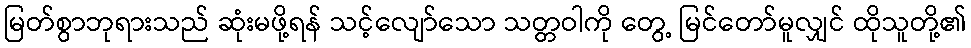
မြတ်စွာဘုရားသည် ဆုံးမဖို့ရန် သင့်လျော်သော သတ္တဝါကို တွေ့ မြင်တော်မူလျှင် ထိုသူတို့၏